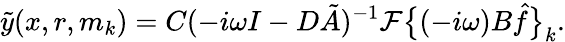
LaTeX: \tilde{y}(x,r,m_{k})=C(-i\omega I-D\tilde{A})^{-1}\mathcal{F}\bigl\{ (-i\omega)B\hat{f}\bigl\} _{k}.